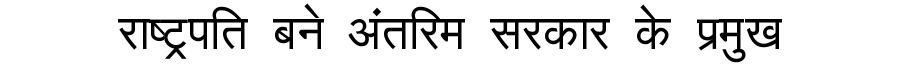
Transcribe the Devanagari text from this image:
राष्ट्रपति बने अंतरिम सरकार के प्रमुख